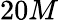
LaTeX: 20M